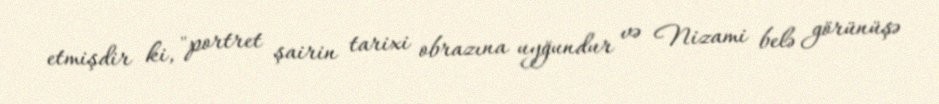
etmişdir ki, "portret şairin tarixi obrazına uyğundur və Nizami belə görünüşə